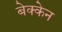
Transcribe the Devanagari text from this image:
बेक्केन